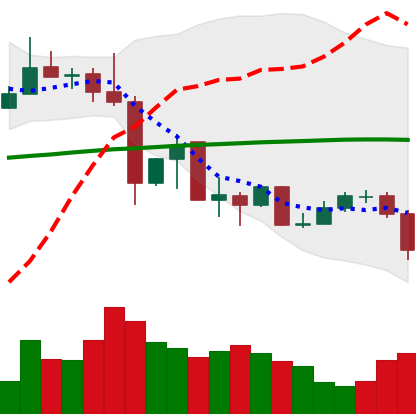
Ticker: XLM-USD
Chart end date: 2019-07-10
Forward return: -9.012%
Label: down_7plus